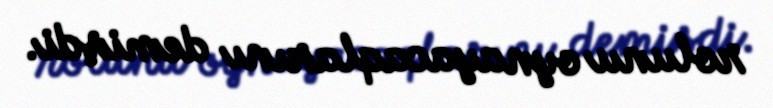
rolunu oynayacaqlarını demişdi.